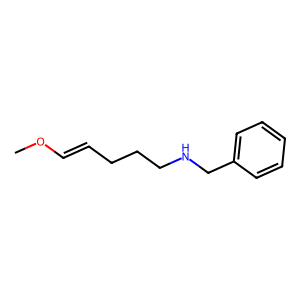
SMILES: COC=CCCCNCc1ccccc1
Inhibits HIV replication: No